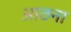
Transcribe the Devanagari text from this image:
आठना